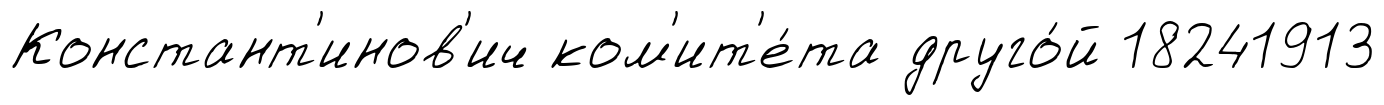
Констант'инов'ич ком'ит'е́та друго́й 18241913